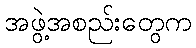
အဖွဲ့အစည်းတွေက